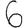
Digit: 6